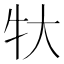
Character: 𬌚